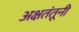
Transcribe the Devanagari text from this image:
अक्षतंतूनी